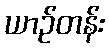
ယာဉ်တန်း